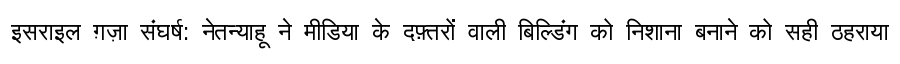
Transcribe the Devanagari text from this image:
इसराइल ग़ज़ा संघर्ष: नेतन्याहू ने मीडिया के दफ़्तरों वाली बिल्डिंग को निशाना बनाने को सही ठहराया